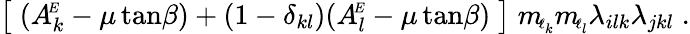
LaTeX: \big[\; (A_{k}^{\! \scriptscriptstyle E}-\mu\tan\! {\beta})+(1-\delta_{kl})(A_{l}^{\! \scriptscriptstyle E}-\mu\tan\! {\beta})\; \big]\; m_{\! \scriptscriptstyle\ell_{k}}m_{\! \scriptscriptstyle\ell_{l}}\lambda_{ilk}\lambda_{jkl}\; .